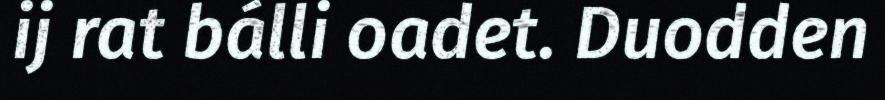
ij rat bálli oadet. Duodden